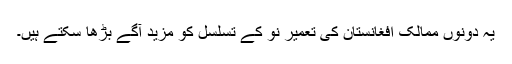
یہ دونوں ممالک افغانستان کی تعمیر نو کے تسلسل کو مزید آگے بڑھا سکتے ہیں۔